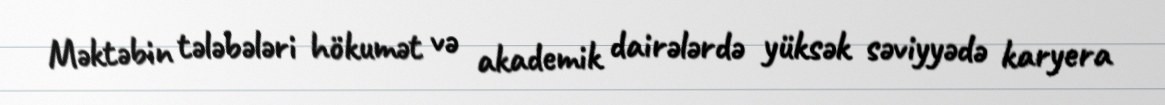
Məktəbin tələbələri hökumət və akademik dairələrdə yüksək səviyyədə karyera